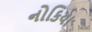
નોકિયા